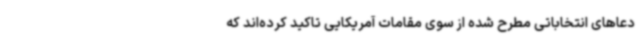
دعاهای انتخاباتی مطرح شده از سوی مقامات آمریکایی تاکید کرده‌اند که